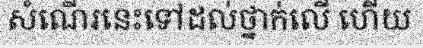
សំណើរនេះទៅដល់ថ្នាក់លើ ហើយ